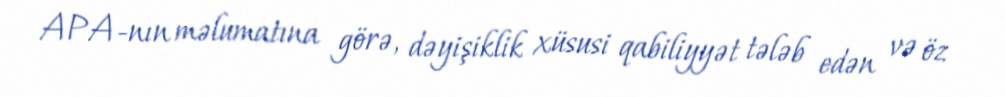
APA-nın məlumatına görə, dəyişiklik xüsusi qabiliyyət tələb edən və öz